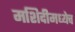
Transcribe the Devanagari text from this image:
मशिदीमध्येच